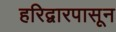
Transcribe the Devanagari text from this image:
हरिद्वारपासून